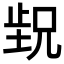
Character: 𬆁